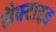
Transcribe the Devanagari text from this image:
लैक्टाइड